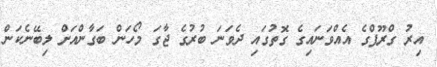
އިރު ގްރޫޕްގެ އެއްވަނައިގެ ގޮތުގައި ދެވަނަ ބުރުގެ ޖާގަ މޯހަން ބަގާންއަށް ލިބޭނެކަން